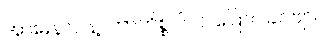
အားမနာပါနဲ့၊ ဘာကိစ္စပါလဲ၊ ပြောပါခင်ဗျာ။